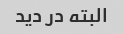
البته در دید